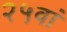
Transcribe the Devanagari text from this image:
२५वां